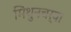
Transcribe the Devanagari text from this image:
मिथुनचर्या